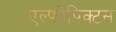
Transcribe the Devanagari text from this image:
एल्फोपिक्टस